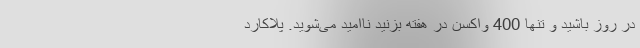
در روز باشید و تنها 400 واکسن در هفته بزنید ناامید می‌شوید. پلاکارد